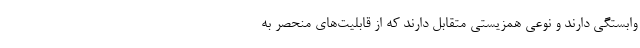
وابستگی دارند و نوعی همزیستی متقابل دارند که از قابلیت‌های منحصر به